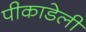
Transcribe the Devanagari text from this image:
पीकाडेली